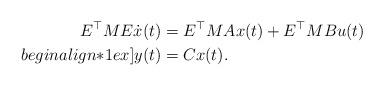
LaTeX: \begin{align*} E^\top M E \dot{x}(t) & = E^\top M A x (t) + E^\top M B u(t) \\begin{align*}1ex] y(t) & = C x(t) . \end{align*}